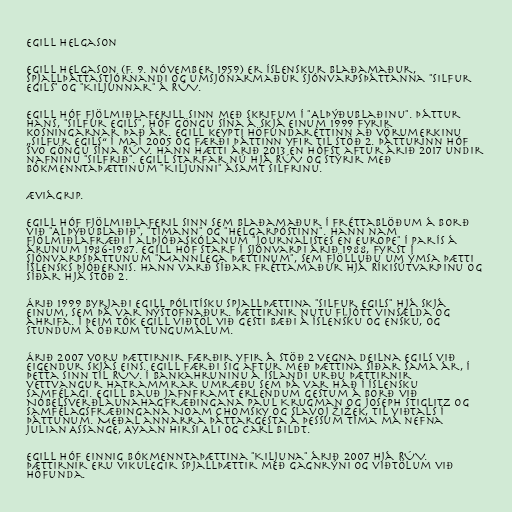
Egill Helgason

Egill Helgason (f. 9. nóvember 1959) er íslenskur blaðamaður,
spjallþáttastjórnandi og umsjónarmaður sjónvarpsþáttanna "Silfur
Egils" og "Kiljunnar" á RÚV.

Egill hóf fjölmiðlaferill sinn með skrifum í "Alþýðublaðinu". Þáttur
hans, "Silfur Egils", hóf göngu sína á Skjá Einum 1999 fyrir
kosningarnar það ár. Egill keypti höfundaréttinn að vörumerkinu
„Silfur Egils“ í maí 2005 og færði þáttinn yfir til Stöð 2. Þátturinn hóf
svo göngu sína RÚV. Hann hætti árið 2013 en hófst aftur árið 2017 undir
nafninu "Silfrið". Egill starfar nú hjá RÚV og stýrir með
bókmenntaþættinum "Kiljunni" ásamt Silfrinu.

Æviágrip.

Egill hóf fjölmiðlaferil sinn sem blaðamaður í fréttablöðum á borð
við "Alþýðublaðið", "Tímann" og "Helgarpóstinn". Hann nam
fjölmiðlafræði í alþjóðaskólanum "Journalistes en Europe" í París á
árunum 1986-1987. Egill hóf starf í sjónvarpi árið 1988, fyrst í
sjónvarpsþáttunum "Mannlega þættinum", sem fjölluðu um ýmsa þætti
íslensks þjóðernis. Hann varð síðar fréttamaður hjá Ríkisútvarpinu og
síðar hjá Stöð 2.

Árið 1999 byrjaði Egill pólitísku spjallþættina "Silfur Egils" hjá Skjá
einum, sem þá var nýstofnaður. Þættirnir nutu fljótt vinsælda og
áhrifa. Í þeim tók Egill viðtöl við gesti bæði á íslensku og ensku, og
stundum á öðrum tungumálum.

Árið 2007 voru þættirnir færðir yfir á Stöð 2 vegna deilna Egils við
eigendur Skjás eins. Egill færði sig aftur með þættina síðar sama ár, í
þetta sinn til RÚV. Í bankahruninu á Íslandi urðu þættirnir
vettvangur hatrammrar umræðu sem þá var háð í íslensku
samfélagi. Egill bauð jafnframt erlendum gestum á borð við
Nóbelsverðlaunahagfræðingana Paul Krugman og Joseph Stiglitz og
samfélagsfræðingana Noam Chomsky og Slavoj Žižek, til viðtals í
þáttunum. Meðal annarra þáttargesta á þessum tíma má nefna
Julian Assange, Ayaan Hirsi Ali og Carl Bildt.

Egill hóf einnig bókmenntaþættina "Kiljuna" árið 2007 hjá RÚV.
Þættirnir eru vikulegir spjallþættir með gagnrýni og viðtölum við
höfunda.